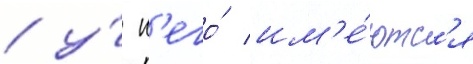
/ у́ н'его́ им'е́ютс'я